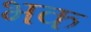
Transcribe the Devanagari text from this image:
भक